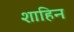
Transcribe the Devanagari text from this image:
शाहिन